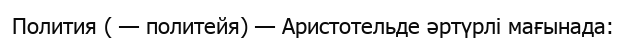
Полития ( — политейя) — Аристотельде әртүрлі мағынада: